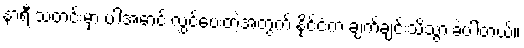
နာရီ သတင်းမှာ ပါအောင် လွှင့်ပေးတဲ့အတွက် နိုင်ငံက ချက်ချင်းသိသွားခဲ့ပါတယ်။